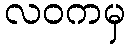
လဝကမှ